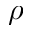
\rho